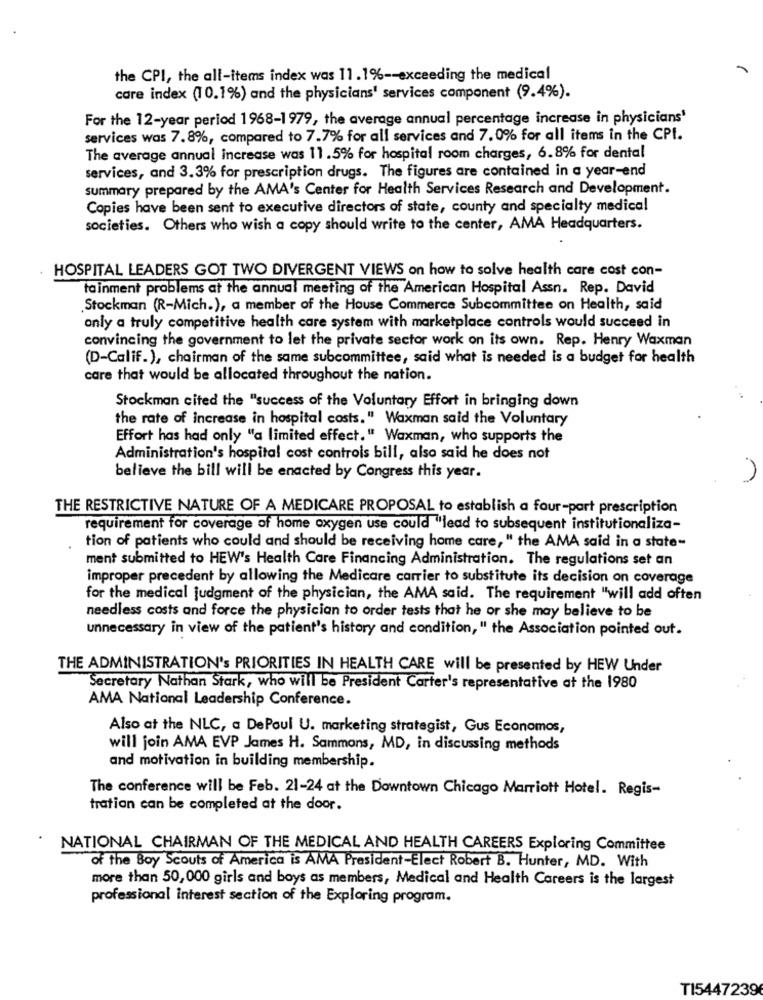
the CPI, the all-items index was 11.1% -- exceeding the medical
care index (10.1%) and the physicians' services component (9.4%).
For the 12-year period 1968-1979, the average annual percentage increase in physicians'
services was 7.8%, compared to 7.7% for all services and 7. 0% for all items in the CPI.
The average annual increase was 11.5% for hospital room charges, 6.8% for dental
services, and 3.3% for prescription drugs. The figures are contained in a year-end
summary prepared by the AMA's Center for Health Services Research and Development.
Copies have been sent to executive directors of state, county and specialty medical
societies. Others who wish a copy should write to the center, AMA Headquarters.
HOSPITAL LEADERS GOT TWO DIVERGENT VIEWS on how to solve health care cost con-
tainment problems at the annual meeting of the American Hospital Assn. Rep. David
Stockman (R-Mich.), a member of the House Commerce Subcommittee on Health, said
only a truly competitive health care system with marketplace controls would succeed in
convincing the government to let the private sector work on its own. Rep. Henry Waxman
(D-Calif.), chairman of the same subcommittee, said what is needed is a budget for health
care that would be allocated throughout the nation.
Stockman cited the "success of the Voluntary Effort in bringing down
the rate of increase in hospital costs." Waxman said the Voluntary
Effort has had only "a limited effect." Waxman, who supports the
Administration's hospital cost controls bill, also said he does not
believe the bill will be enacted by Congress this year.
THE RESTRICTIVE NATURE OF A MEDICARE PROPOSAL to establish a four-part prescription
requirement for coverage of home oxygen use could "lead to subsequent institutionaliza-
tion of patients who could and should be receiving home care, " the AMA said in a state-
ment submitted to HEW's Health Care Financing Administration. The regulations set an
improper precedent by allowing the Medicare carrier to substitute its decision on coverage
for the medical judgment of the physician, the AMA said. The requirement "will add often
needless costs and force the physician to order tests that he or she may believe to be
unnecessary in view of the patient's history and condition, " the Association pointed out.
THE ADMINISTRATION's PRIORITIES IN HEALTH CARE will be presented by HEW Under
Secretary Nathan Stark, who will be President Carter's representative at the 1980
AMA National Leadership Conference.
Also at the NLC, a DePaul U. marketing strategist, Gus Economos,
will join AMA EVP James H. Sammons, MD, in discussing methods
and motivation in building membership.
The conference will be Feb. 21-24 at the Downtown Chicago Marriott Hotel. Regis-
tration can be completed at the door.
NATIONAL CHAIRMAN OF THE MEDICAL AND HEALTH CAREERS Exploring Committee
of the Boy Scouts of America is AMA President-Elect Robert B. Hunter, MD. With
more than 50,000 girls and boys as members, Medical and Health Careers is the largest
professional interest section of the Exploring program.
TI5447239